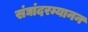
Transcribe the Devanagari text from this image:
संघांदरम्यानन